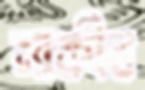
সাকীব